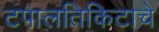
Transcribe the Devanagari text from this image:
टपालतिकिटाचे